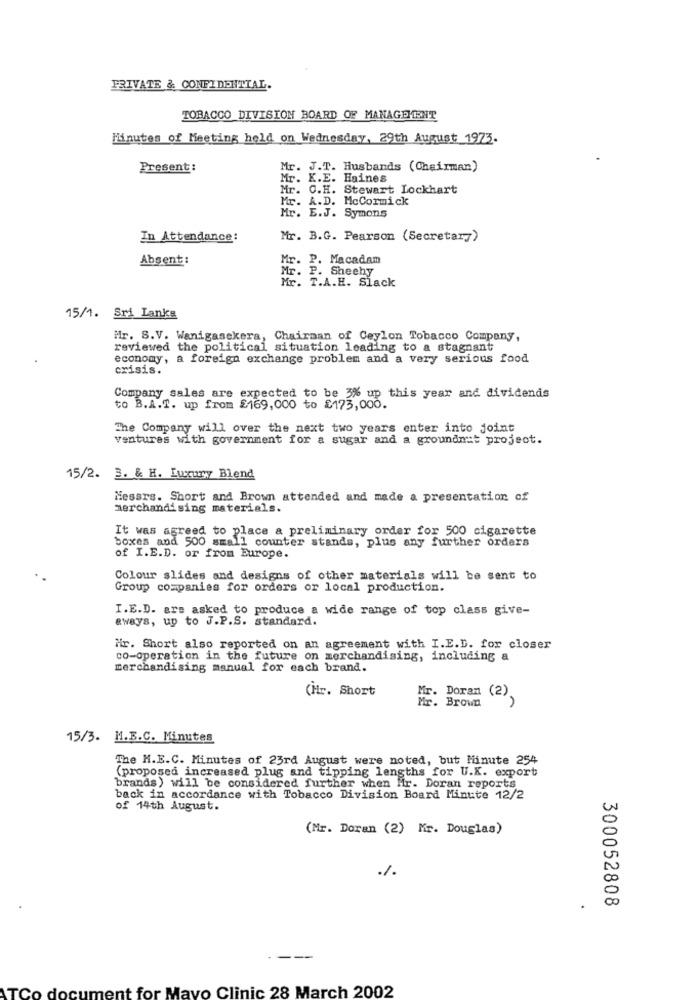
PRIVATE & CONFIDENTIAL.
TOBACCO DIVISION BOARD OF MANAGEMENT
Minutes of Meeting held on Wednesday, 29th August 1973.
Present:
Mr. J.T. Husbands (Chairman)
Mr. K.E. Haines
Mr. C.H. Stewart Lockhart
Mr. A.D. McCormick
Mr. E.J. Symons
In Attendance:
Mr. B.G. Pearson (Secretary)
Absent:
Mr. P. Macadam
Mr. P. Sheehy
Mr. T.A.H. Slack
15/1. Sri Lanka
Hr. S.V. Wenigasekera, Chairman of Ceylon Tobacco Company,
reviewed the political situation leading to a stagnant
economy, a foreign exchange problem and a very serious food
crisis.
Company sales are expected to be 3% up this year and dividends
to B.A.T. up from $169,000 to £173,000.
The Company will over the next two years enter into joint
ventures with government for a sugar and a groundnat project.
15/2. 3. & H. Luxury Blend
Messrs. Short and Brown attended and made a presentation of
merchandising materials.
It was agreed to place & preliminary order for 500 cigarette
boxes and 500 small counter stands, plus any further orders
of I.E.D. or from Europe.
Colour slides and designs of other materials will be sent to
Group companies for orders or local production.
I.E.D. are asked to produce a wide range of top class give-
aways, up to J.P.S. standard.
Hr. Short also reported on an agreement with I.E.D. for closer
co-operation in the future on merchandising, including a
merchandising manual for each brand.
(Hr. Short
Mr. Doram (2)
Mr. Brown
15/3. M.E.C. Minutes
The H.E.C. Minutes of 23rd August were noted, but Minute 254
(proposed increased plug and tipping lengths for U.K. export
brands) will be considered further when Hr. Doran reports
back in accordance with Tobacco Division Board Minute 12/2
of 14th August.
(Mr. Doran (2) Mr. Douglas)
%.
300052808
--
nt for Mayo Clinic 28 March 2002